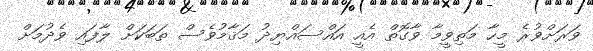
ވަރަށްވުރެ މީހާ މަތިވީމާ ވާގޮތް އެއީ އައްސައްޔިދު މަޤާމުވެސް ތަބަކަށް ލާފައި ވެދުމަށް